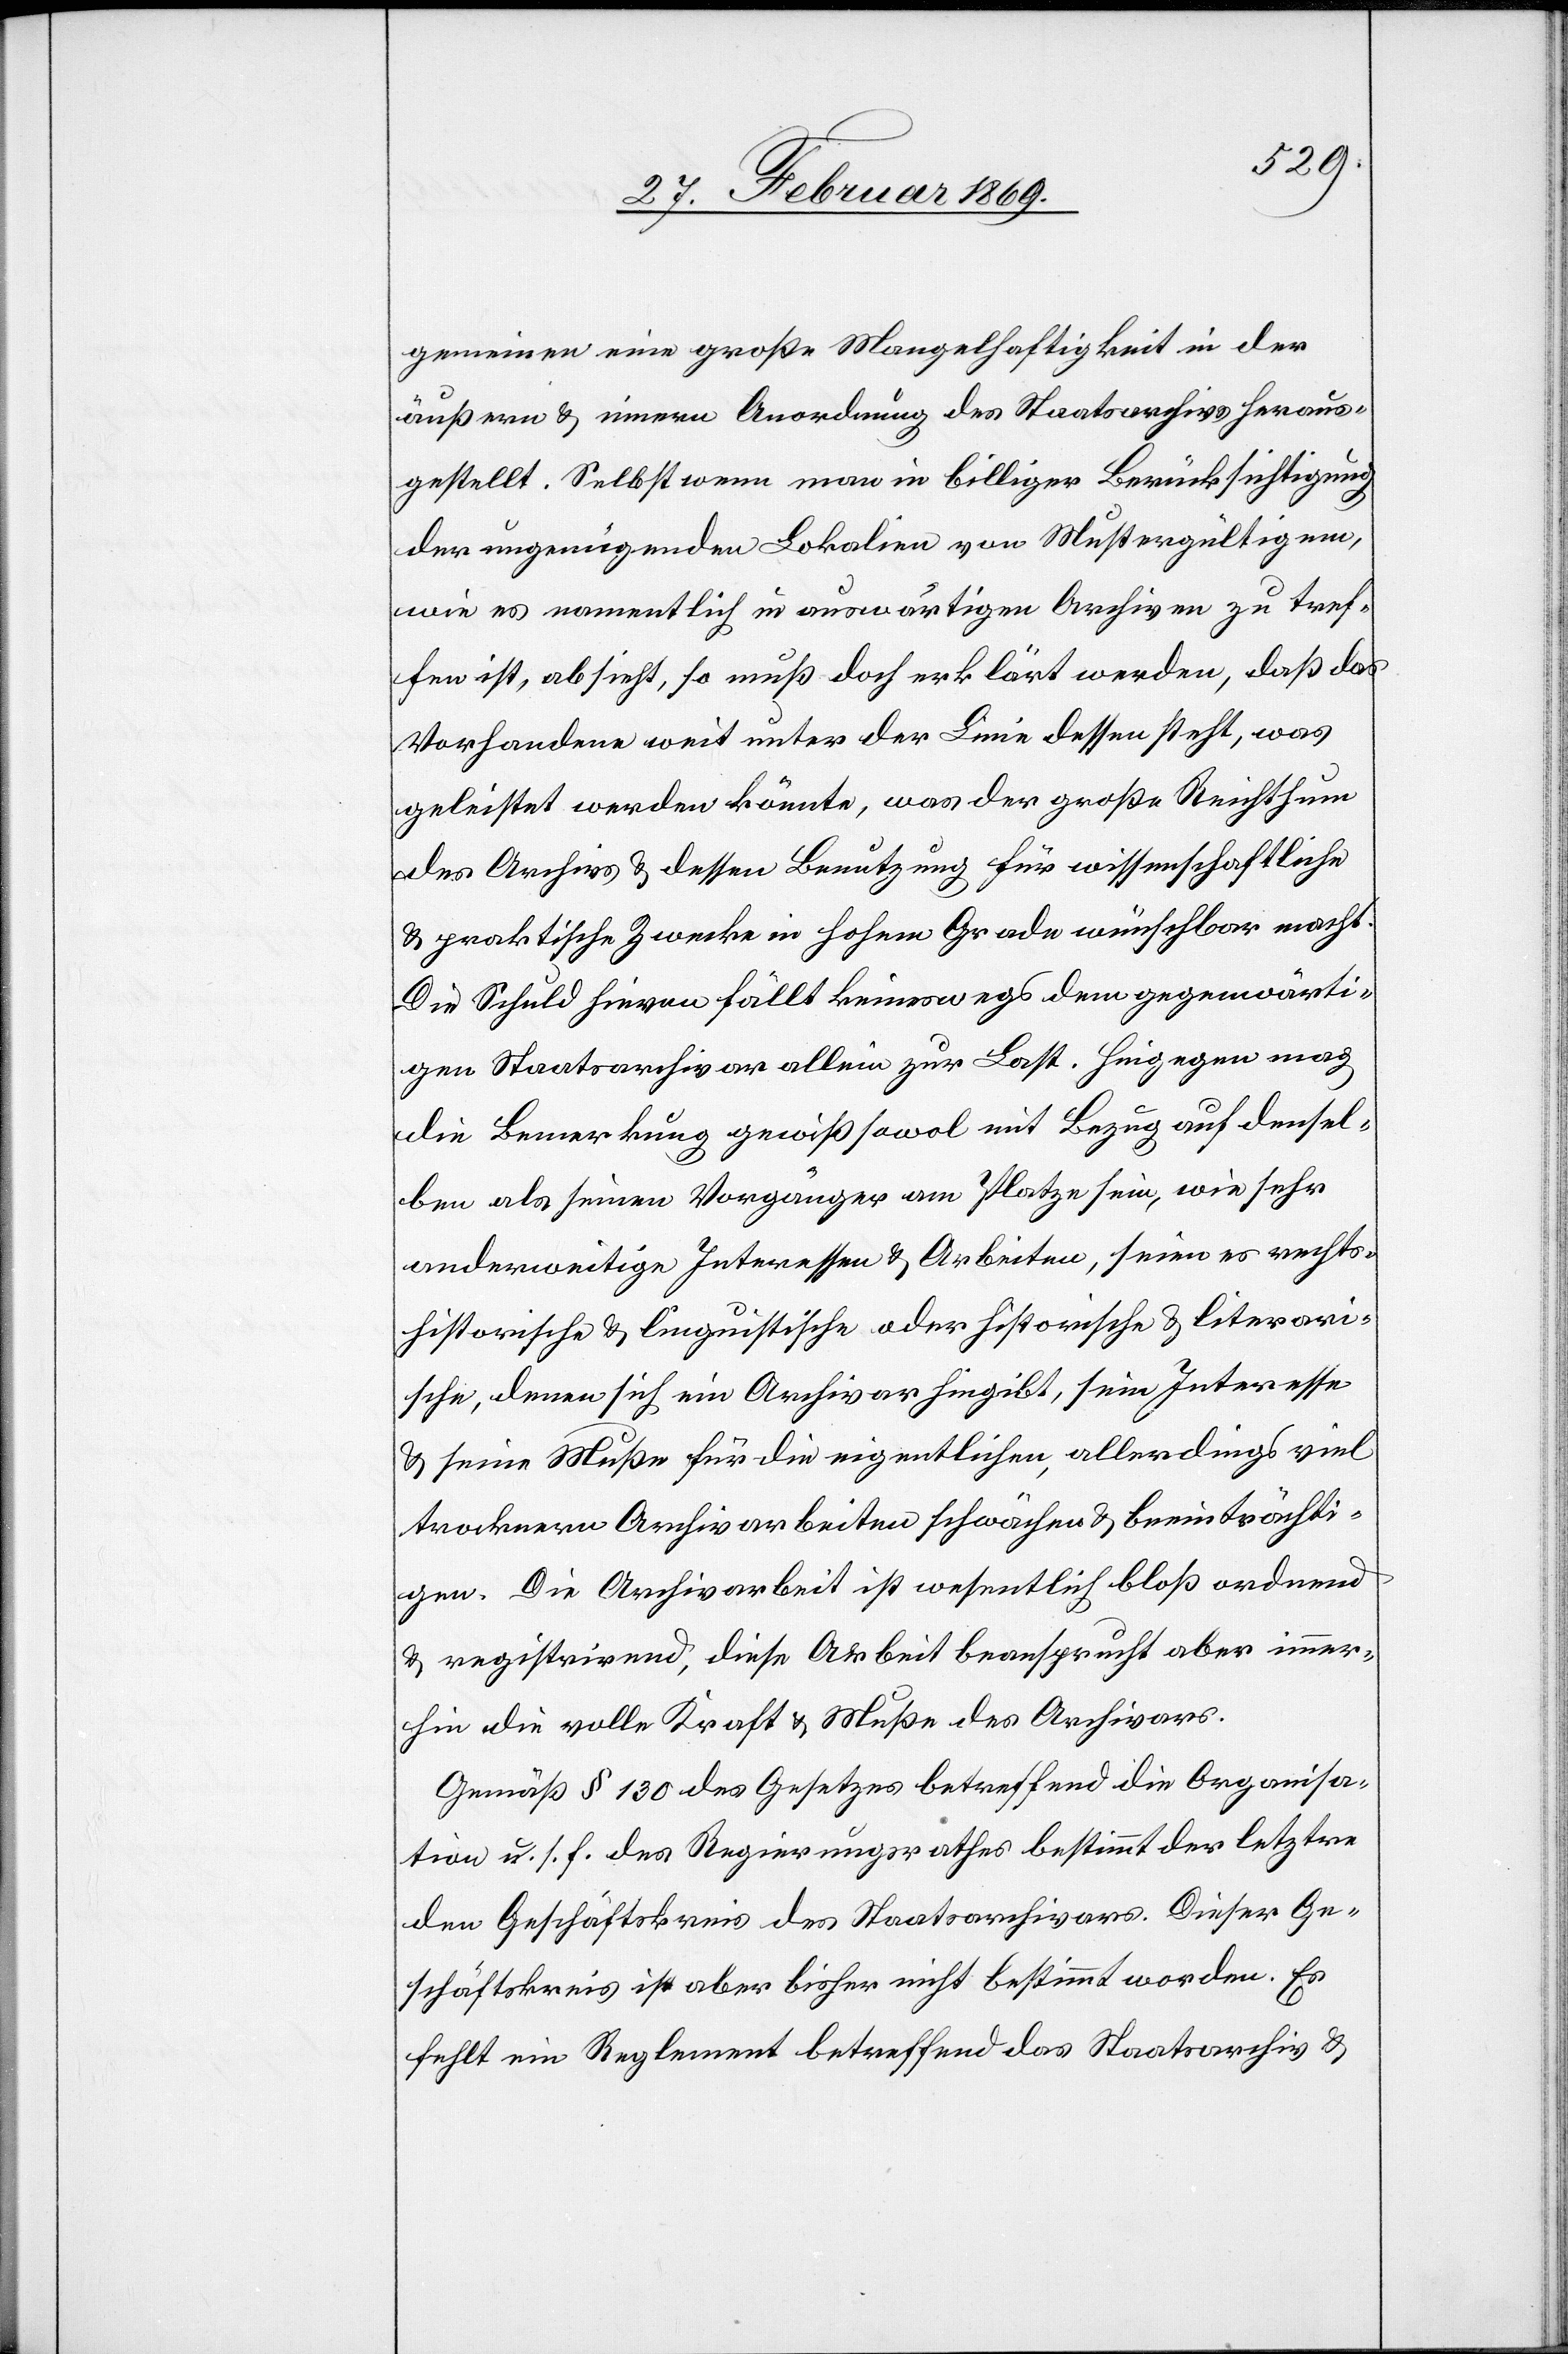
gemeinen eine große Mangelhaftigkeit in der
äußern & innern Anordnung des Staatsarchivs heraus¬
gestellt. Selbst wenn man in billiger Berücksichtigung
der ungenügenden Lokalien von Mustergültigkeiten,
wie es namentlich in auswärtigen Archiven zu tref¬
fen ist, absieht, so muß doch erklärt werden, daß das
Vorhandene weit unter der Linie dessen steht, was
geleistet werden könnte, was der große Reichthum
des Archivs & dessen Benutzung für wissenschaftliche
& praktische Zwecke in hohem Grade wünschbar macht.
Die Schuld hievon fällt keineswegs dem gegenwärti¬
gen Staatsarchivar allein zur Last. Hingegen mag
die Bemerkung gewiß sowol mit Bezug auf densel¬
ben als seinen Vorgänger am Platze sein, wie sehr
anderweitige Interessen & Arbeiten, seien es rechts¬
historische & linguistische oder historische & literari¬
sche, denen sich ein Archivar hingibt, sein Interesse
& seine Muße für die eigentlichen, allerdings viel
trocknern Archivarbeiten schwächen & beeinträchti¬
gen. Die Archivarbeit ist wesentlich bloß ordnend
& registrirend, diese Arbeit beansprucht aber immer¬
hin die volle Kraft & Muße des Archivars.
Gemäß § 130 des Gesetzes betreffend die Organisa¬
tion u. s. f. des Regierungsrathes bestimmt der letztere
den Geschäftskreis des Staatsarchivars. Dieser Ge¬
schäftskreis ist aber bisher nicht bestimmt worden. Es
fehlt ein Reglement betreffend das Staatsarchiv &